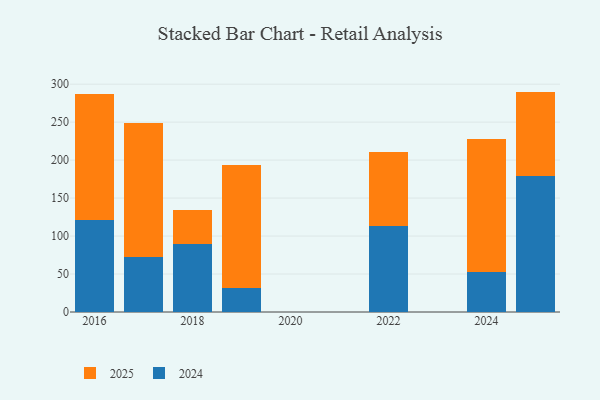
{"axis": {"x": "Year", "y": "Conversion Rate (%)"}, "legend": ["2024", "2025"], "data": [{"x": "2016", "y": 166.4, "type": "2025"}, {"x": "2016", "y": 121.1, "type": "2024"}, {"x": "2017", "y": 176.9, "type": "2025"}, {"x": "2017", "y": 72.2, "type": "2024"}, {"x": "2019", "y": 161.3, "type": "2025"}, {"x": "2019", "y": 32.0, "type": "2024"}, {"x": "2022", "y": 97.5, "type": "2025"}, {"x": "2022", "y": 113.0, "type": "2024"}, {"x": "2018", "y": 45.2, "type": "2025"}, {"x": "2018", "y": 89.7, "type": "2024"}, {"x": "2024", "y": 174.0, "type": "2025"}, {"x": "2024", "y": 53.3, "type": "2024"}, {"x": "2025", "y": 110.7, "type": "2025"}, {"x": "2025", "y": 179.5, "type": "2024"}]}